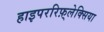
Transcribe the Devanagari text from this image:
हाइपररिफ़्लेक्सिया